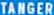
TANGER